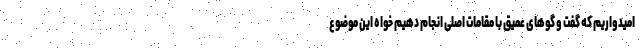
امیدواریم که گفت و گوهای عمیق با مقامات اصلی انجام دهیم خواه این موضوع